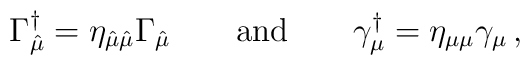
\Gamma_{\hat\mu}^\dagger=\eta_{\hat\mu\hat\mu}\Gamma_{\hat\mu} \qquad {\rm and} \qquad \gamma_\mu^\dagger=\eta_{\mu\mu}\gamma_\mu\,,